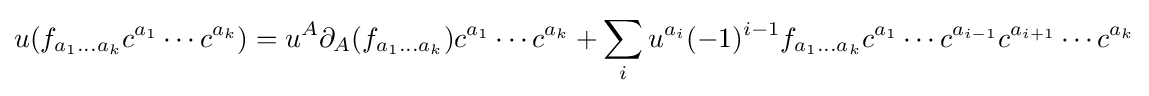
u(f_{a_{1}\ldots a_{k}}c^{a_{1}}\cdots c^{a_{k}})=u^{A}\partial _{A}(f_{a_{1}\ldots a_{k}})c^{a_{1}}\cdots c^{a_{k}}+\sum _{i}u^{a_{i}}(-1)^{i-1}f_{a_{1}\ldots a_{k}}c^{a_{1}}\cdots c^{a_{i-1}}c^{a_{i+1}}\cdots c^{a_{k}}